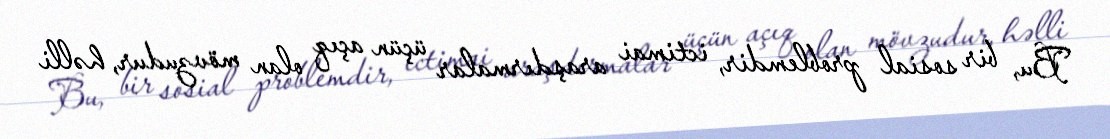
Bu, bir sosial problemdir, ictimai araşdırmalar üçün açıq olan mövzudur, həlli